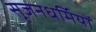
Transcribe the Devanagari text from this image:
सृजनधर्मियों